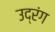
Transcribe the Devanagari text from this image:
उद्रंग